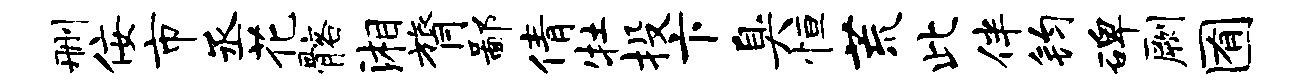
删佞市丞花髂湘膂鄙倩牡投卞臭恒荒此伴钧碑劂囿